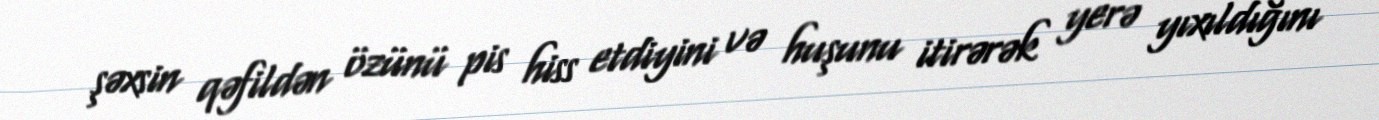
şəxsin qəfildən özünü pis hiss etdiyini və huşunu itirərək yerə yıxıldığını